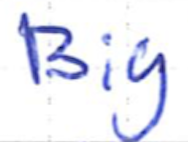
Text: Big
Cross-out: clean
Writing tool: ballpoint